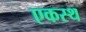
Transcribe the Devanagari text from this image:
एकस्थ